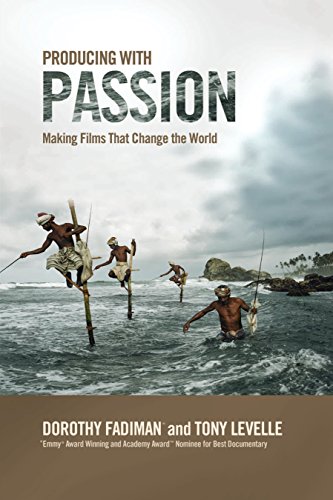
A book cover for Producing with Passion: Making Films That Change the World; Dorothy Fadiman; Humor & Entertainment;